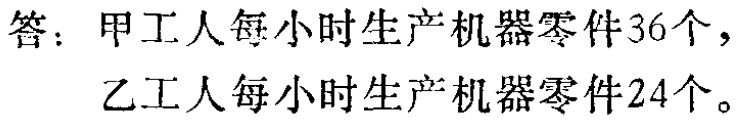
答：甲工人每小时生产机器零件\(36\)个，

乙工人每小时生产机器零件\(24\)个。